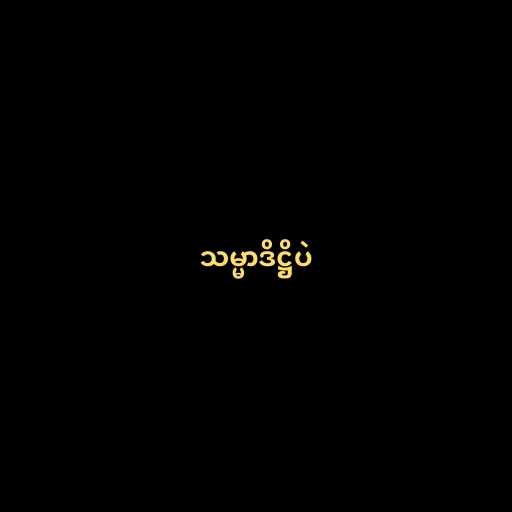
သမ္မာဒိဋ္ဌိပဲ